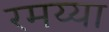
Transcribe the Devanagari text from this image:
रमय्या